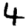
Digit: 4